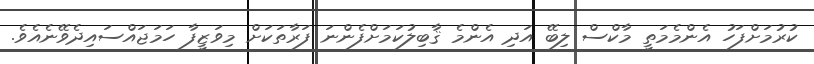
ކުރުމަށްފަހު އެންމެމަތީ މާކްސް ލިބޭ އަދި އެންމެ ޤާބިލުކަމަށްފެންނަ ފަރާތަކަށް މިވަޒީފާ ހަމަޖައްސައިދެވޭނެއެވެ.